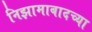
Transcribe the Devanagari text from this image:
निझामाबादच्या